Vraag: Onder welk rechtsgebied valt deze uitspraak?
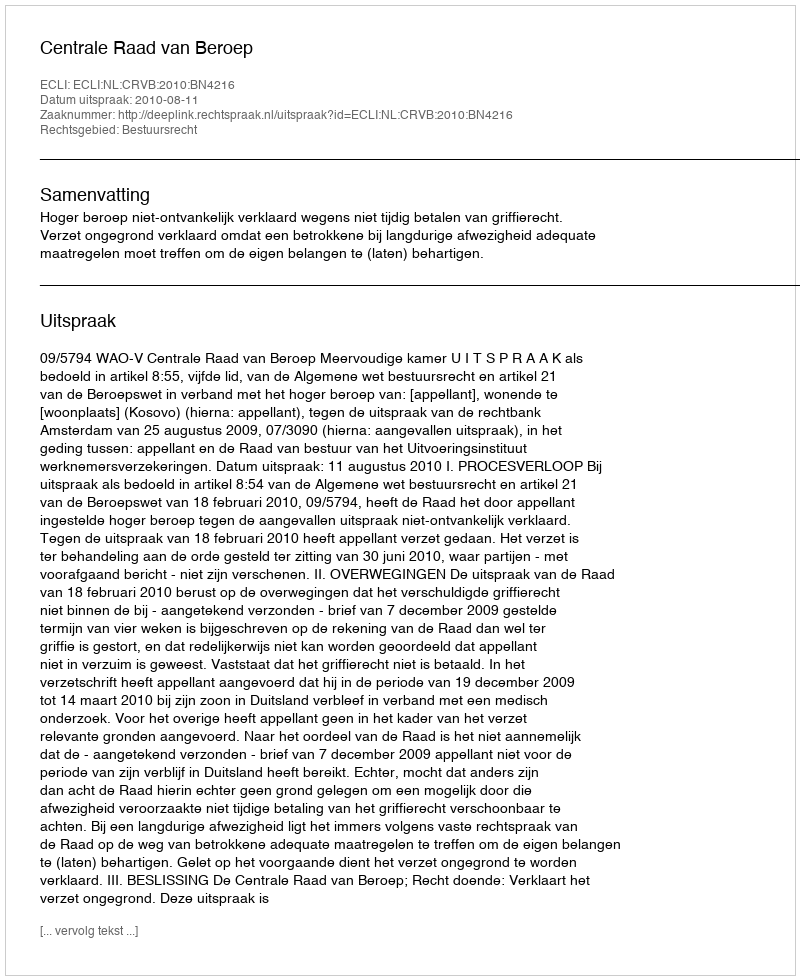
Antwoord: Bestuursrecht